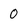
Character: 0